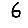
Digit: 6